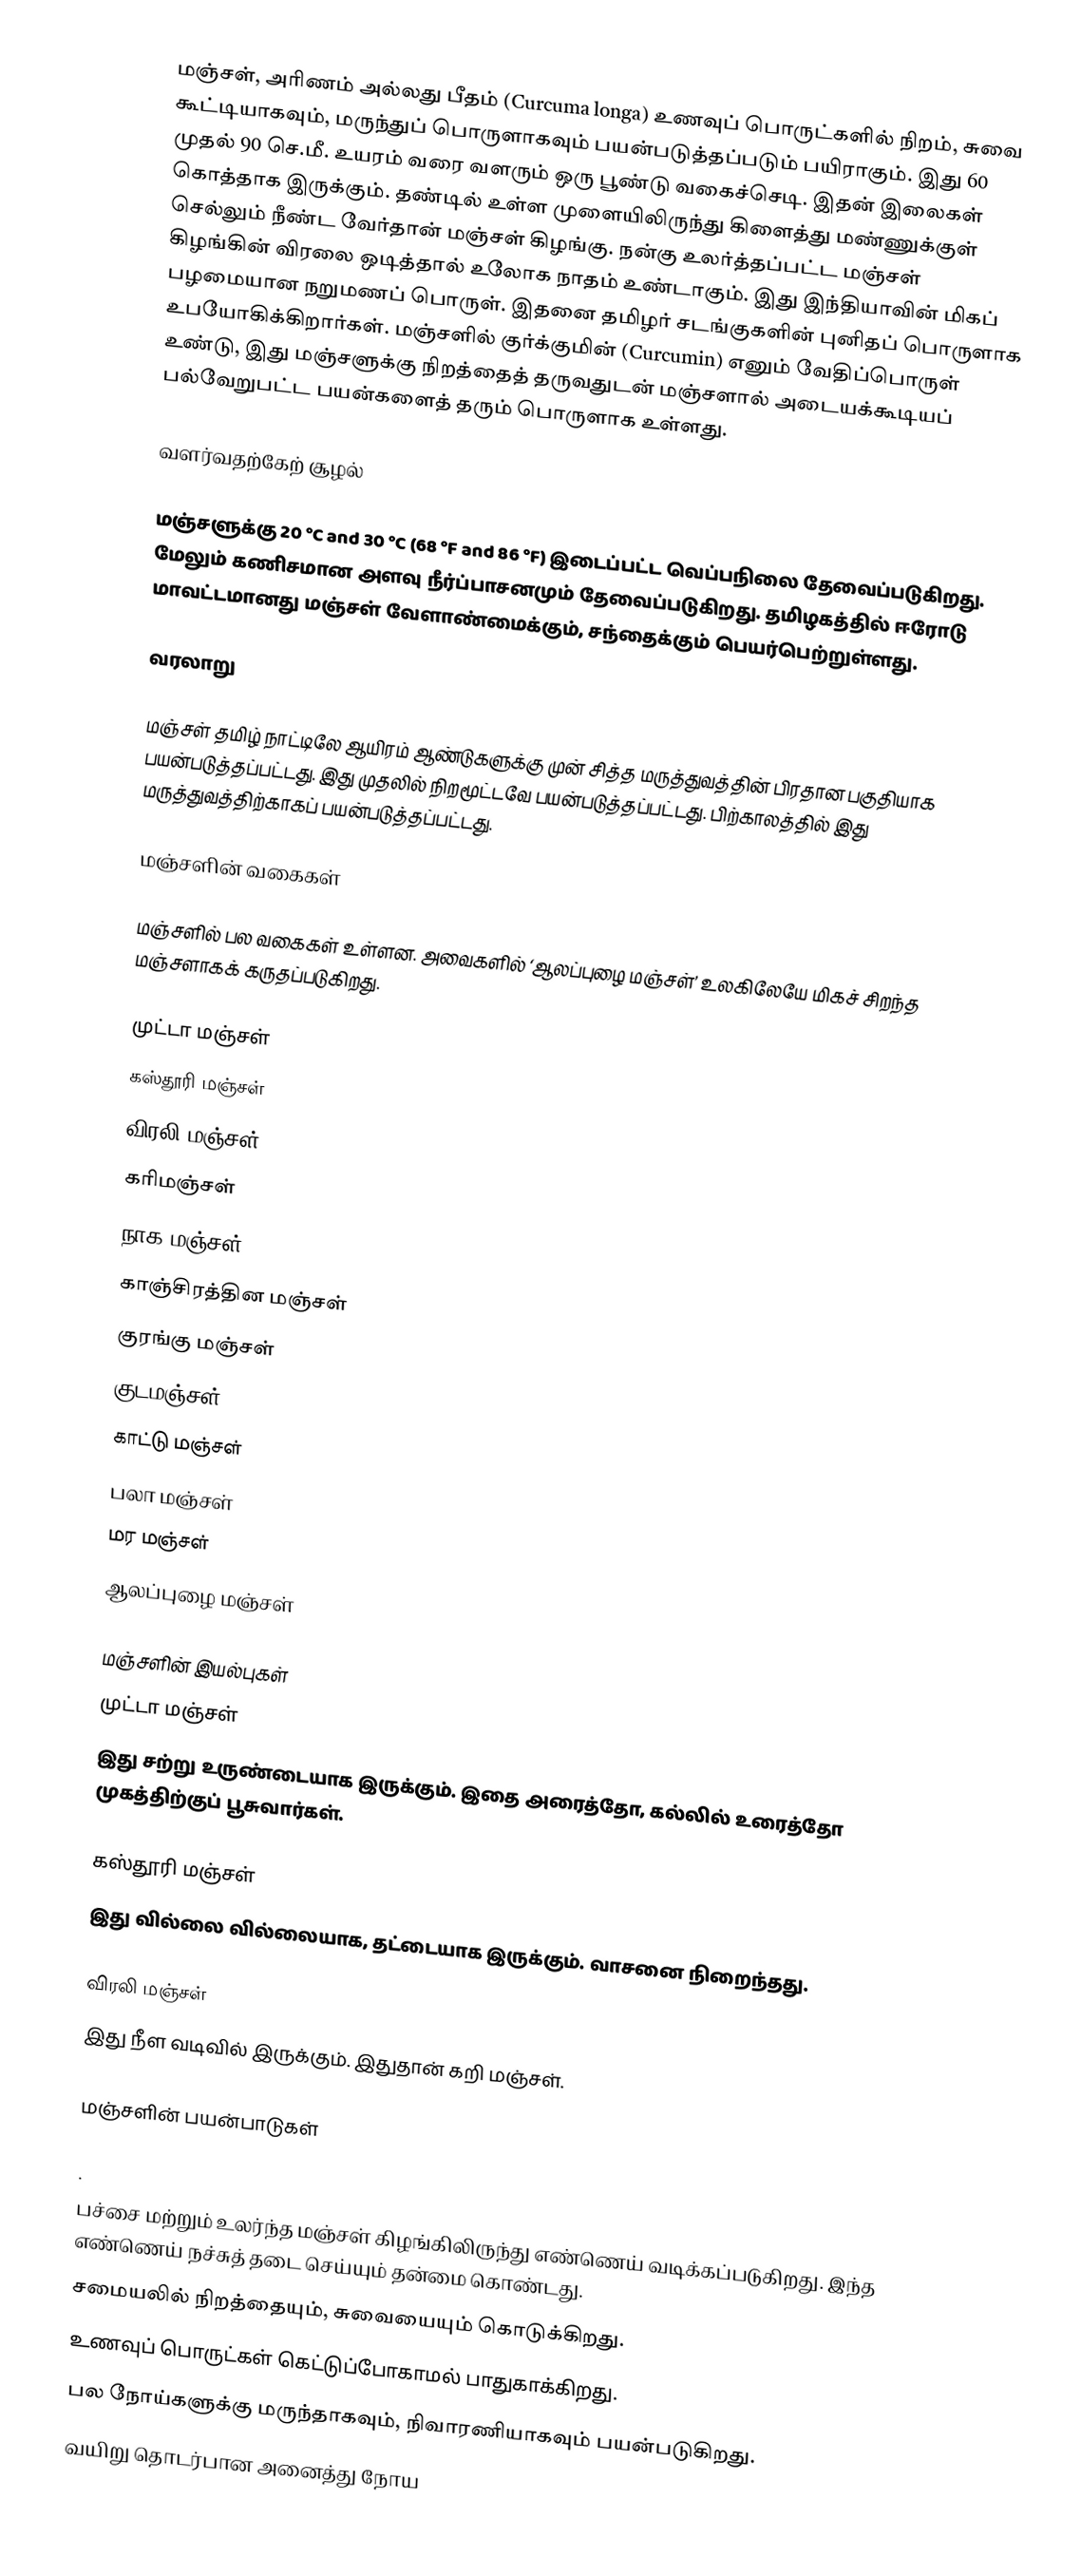
மஞ்சள், அரிணம் அல்லது பீதம் (Curcuma longa) உணவுப் பொருட்களில் நிறம், சுவை கூட்டியாகவும், மருந்துப் பொருளாகவும் பயன்படுத்தப்படும் பயிராகும். இது 60 முதல் 90 செ.மீ. உயரம் வரை வளரும் ஒரு பூண்டு வகைச்செடி. இதன் இலைகள் கொத்தாக இருக்கும். தண்டில் உள்ள முளையிலிருந்து கிளைத்து மண்ணுக்குள் செல்லும் நீண்ட வேர்தான் மஞ்சள் கிழங்கு. நன்கு உலர்த்தப்பட்ட மஞ்சள் கிழங்கின் விரலை ஒடித்தால் உலோக நாதம் உண்டாகும். இது இந்தியாவின் மிகப் பழமையான நறுமணப் பொருள். இதனை  தமிழர் சடங்குகளின் புனிதப் பொருளாக உபயோகிக்கிறார்கள். மஞ்சளில் குர்க்குமின் (Curcumin)  எனும் வேதிப்பொருள் உண்டு, இது மஞ்சளுக்கு நிறத்தைத் தருவதுடன் மஞ்சளால் அடையக்கூடியப் பல்வேறுபட்ட பயன்களைத் தரும் பொருளாக உள்ளது.

வளர்வதற்கேற் சூழல்

மஞ்சளுக்கு 20 °C and 30 °C (68 °F and 86 °F) இடைப்பட்ட வெப்பநிலை தேவைப்படுகிறது. மேலும் கணிசமான அளவு நீர்ப்பாசனமும் தேவைப்படுகிறது. தமிழகத்தில் ஈரோடு மாவட்டமானது மஞ்சள் வேளாண்மைக்கும், சந்தைக்கும் பெயர்பெற்றுள்ளது.

வரலாறு

மஞ்சள் தமிழ் நாட்டிலே ஆயிரம் ஆண்டுகளுக்கு முன் சித்த மருத்துவத்தின் பிரதான பகுதியாக பயன்படுத்தப்பட்டது.  இது முதலில் நிறமூட்டவே பயன்படுத்தப்பட்டது. பிற்காலத்தில் இது மருத்துவத்திற்காகப் பயன்படுத்தப்பட்டது.

மஞ்சளின் வகைகள்

மஞ்சளில் பல வகைகள் உள்ளன. அவைகளில் ‘ஆலப்புழை மஞ்சள்’ உலகிலேயே மிகச் சிறந்த மஞ்சளாகக் கருதப்படுகிறது.

 முட்டா மஞ்சள்
 கஸ்தூரி மஞ்சள்
 விரலி மஞ்சள்
 கரிமஞ்சள்
 நாக மஞ்சள்
 காஞ்சிரத்தின மஞ்சள்
 குரங்கு மஞ்சள்
 குடமஞ்சள்
 காட்டு மஞ்சள்
 பலா மஞ்சள்
 மர மஞ்சள்
 ஆலப்புழை மஞ்சள்

மஞ்சளின் இயல்புகள்
முட்டா மஞ்சள்
இது சற்று உருண்டையாக இருக்கும். இதை அரைத்தோ, கல்லில் உரைத்தோ முகத்திற்குப் பூசுவார்கள்.

கஸ்தூரி மஞ்சள்
இது வில்லை வில்லையாக, தட்டையாக இருக்கும். வாசனை நிறைந்தது.

விரலி மஞ்சள்
இது நீள வடிவில் இருக்கும். இதுதான் கறி மஞ்சள்.

மஞ்சளின் பயன்பாடுகள்

 .
 பச்சை மற்றும் உலர்ந்த மஞ்சள் கிழங்கிலிருந்து எண்ணெய் வடிக்கப்படுகிறது. இந்த எண்ணெய் நச்சுத் தடை செய்யும் தன்மை கொண்டது.
 சமையலில் நிறத்தையும், சுவையையும் கொடுக்கிறது.
 உணவுப் பொருட்கள் கெட்டுப்போகாமல் பாதுகாக்கிறது.
 பல நோய்களுக்கு மருந்தாகவும், நிவாரணியாகவும் பயன்படுகிறது.
 வயிறு தொடர்பான அனைத்து நோய